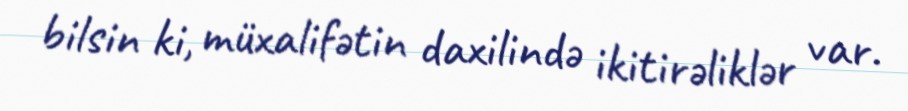
bilsin ki, müxalifətin daxilində ikitirəliklər var.